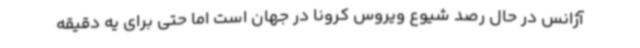
آژانس در حال رصد شیوع ویروس کرونا در جهان است اما حتی برای یه دقیقه